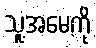
သူ့အမေကို